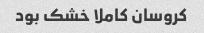
کروسان کاملا خشک بود